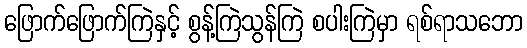
ဖြောက်ဖြောက်ကြဲနှင့် စွန့်ကြဲသွန်ကြဲ စပါးကြဲမှာ ရစ်ရာသဘော